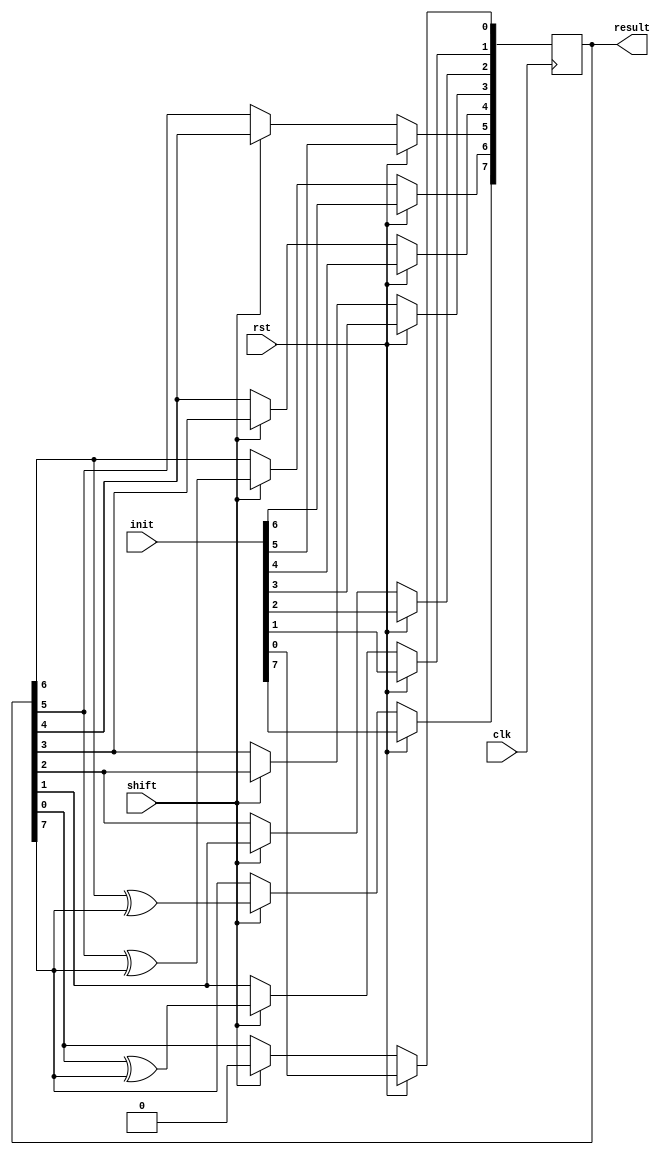
`timescale 1ns / 1ps

module lfsr2(
    input  wire          clk,
    input  wire          rst,
    input  wire [7:0]   init,
    input  wire        shift,
    output wire [7:0] result
);

reg [7:0] buffer;

assign result = buffer;

always @(posedge clk) begin
    if (rst) begin
        buffer <= init;
    end else if (shift) begin
        // y = 1 + x + x^6 + x^7 + x^8
      
        buffer[0] <= 0;
        buffer[1] <= buffer[0] ^ buffer[7];
        buffer[2] <= buffer[1];
        buffer[3] <= buffer[2];
        buffer[4] <= buffer[3];
        buffer[5] <= buffer[4];
        buffer[6] <= buffer[5] ^ buffer[7];
        buffer[7] <= buffer[6] ^ buffer[7];
    end
end
endmodule